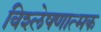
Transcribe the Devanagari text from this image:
विश्‍लेषणात्‍मक